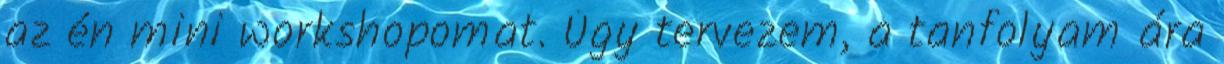
az én mini workshopomat. Úgy tervezem, a tanfolyam ára